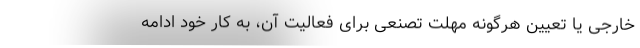
خارجی یا تعیین هرگونه مهلت تصنعی برای فعالیت آن، به کار خود ادامه